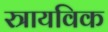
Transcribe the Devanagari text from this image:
स्त्रायविक